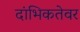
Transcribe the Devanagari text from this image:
दांभिकतेवर